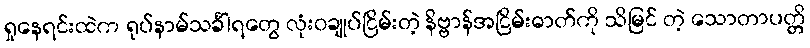
ရှုနေရင်းထဲက ရုပ်နာမ်သင်္ခါရတွေ လုံးဝချုပ်ငြိမ်းတဲ့ နိဗ္ဗာန်အငြိမ်းဓာတ်ကို သိမြင် တဲ့ သောတာပတ္တိ